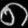
Digit: ၈